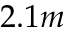
2 . 1 m